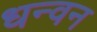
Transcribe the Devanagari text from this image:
धन्वन